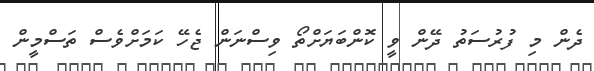
ދެން މި ފުރުސަތު ދޭން ވީ ކޮންބަޔަށްތޯ ވިސްނަން ޖެހޭ ކަމަށްވެސް ތަސްމީން